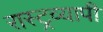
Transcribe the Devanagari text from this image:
रास्ट्रव्यापी